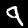
Digit: 9